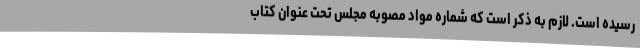
رسیده است. لازم به ذکر است که شماره مواد مصوبه مجلس تحت عنوان کتاب